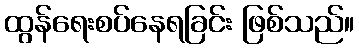
ထွန်ရေးစပ်နေရခြင်း ဖြစ်သည်။